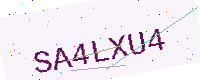
Text: SA4LXU4